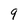
Character: 9